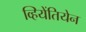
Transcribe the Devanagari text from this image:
व्हियेंतियेन